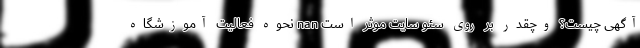
آگهی چیست؟ وچقدر بر روی سئو سایت موثر است nan نحوه فعالیت آموزشگاه